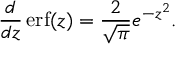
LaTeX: { \frac { d } { d z } } \operatorname { e r f } ( z ) = { \frac { 2 } { \sqrt { \pi } } } e ^ { - z ^ { 2 } } .